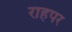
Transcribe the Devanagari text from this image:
राहपर